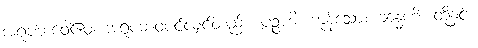
အရူပဘဝေါဧဝ၊ အရူပဘဝပင်လျှင်တည်း။ ပဉ္စဟိ၊ ကုန်သော။ ခန္ဓေဟိ၊ တို့နှင့်။